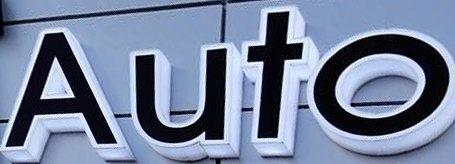
Auto